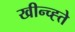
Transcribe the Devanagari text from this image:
खीन्च्ह्ते